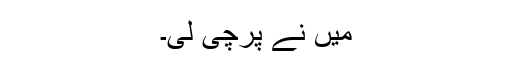
مَیں نے پرچی لی۔